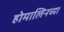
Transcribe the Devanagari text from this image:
होमालिनच्या